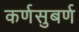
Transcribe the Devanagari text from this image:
कर्णसुबर्ण